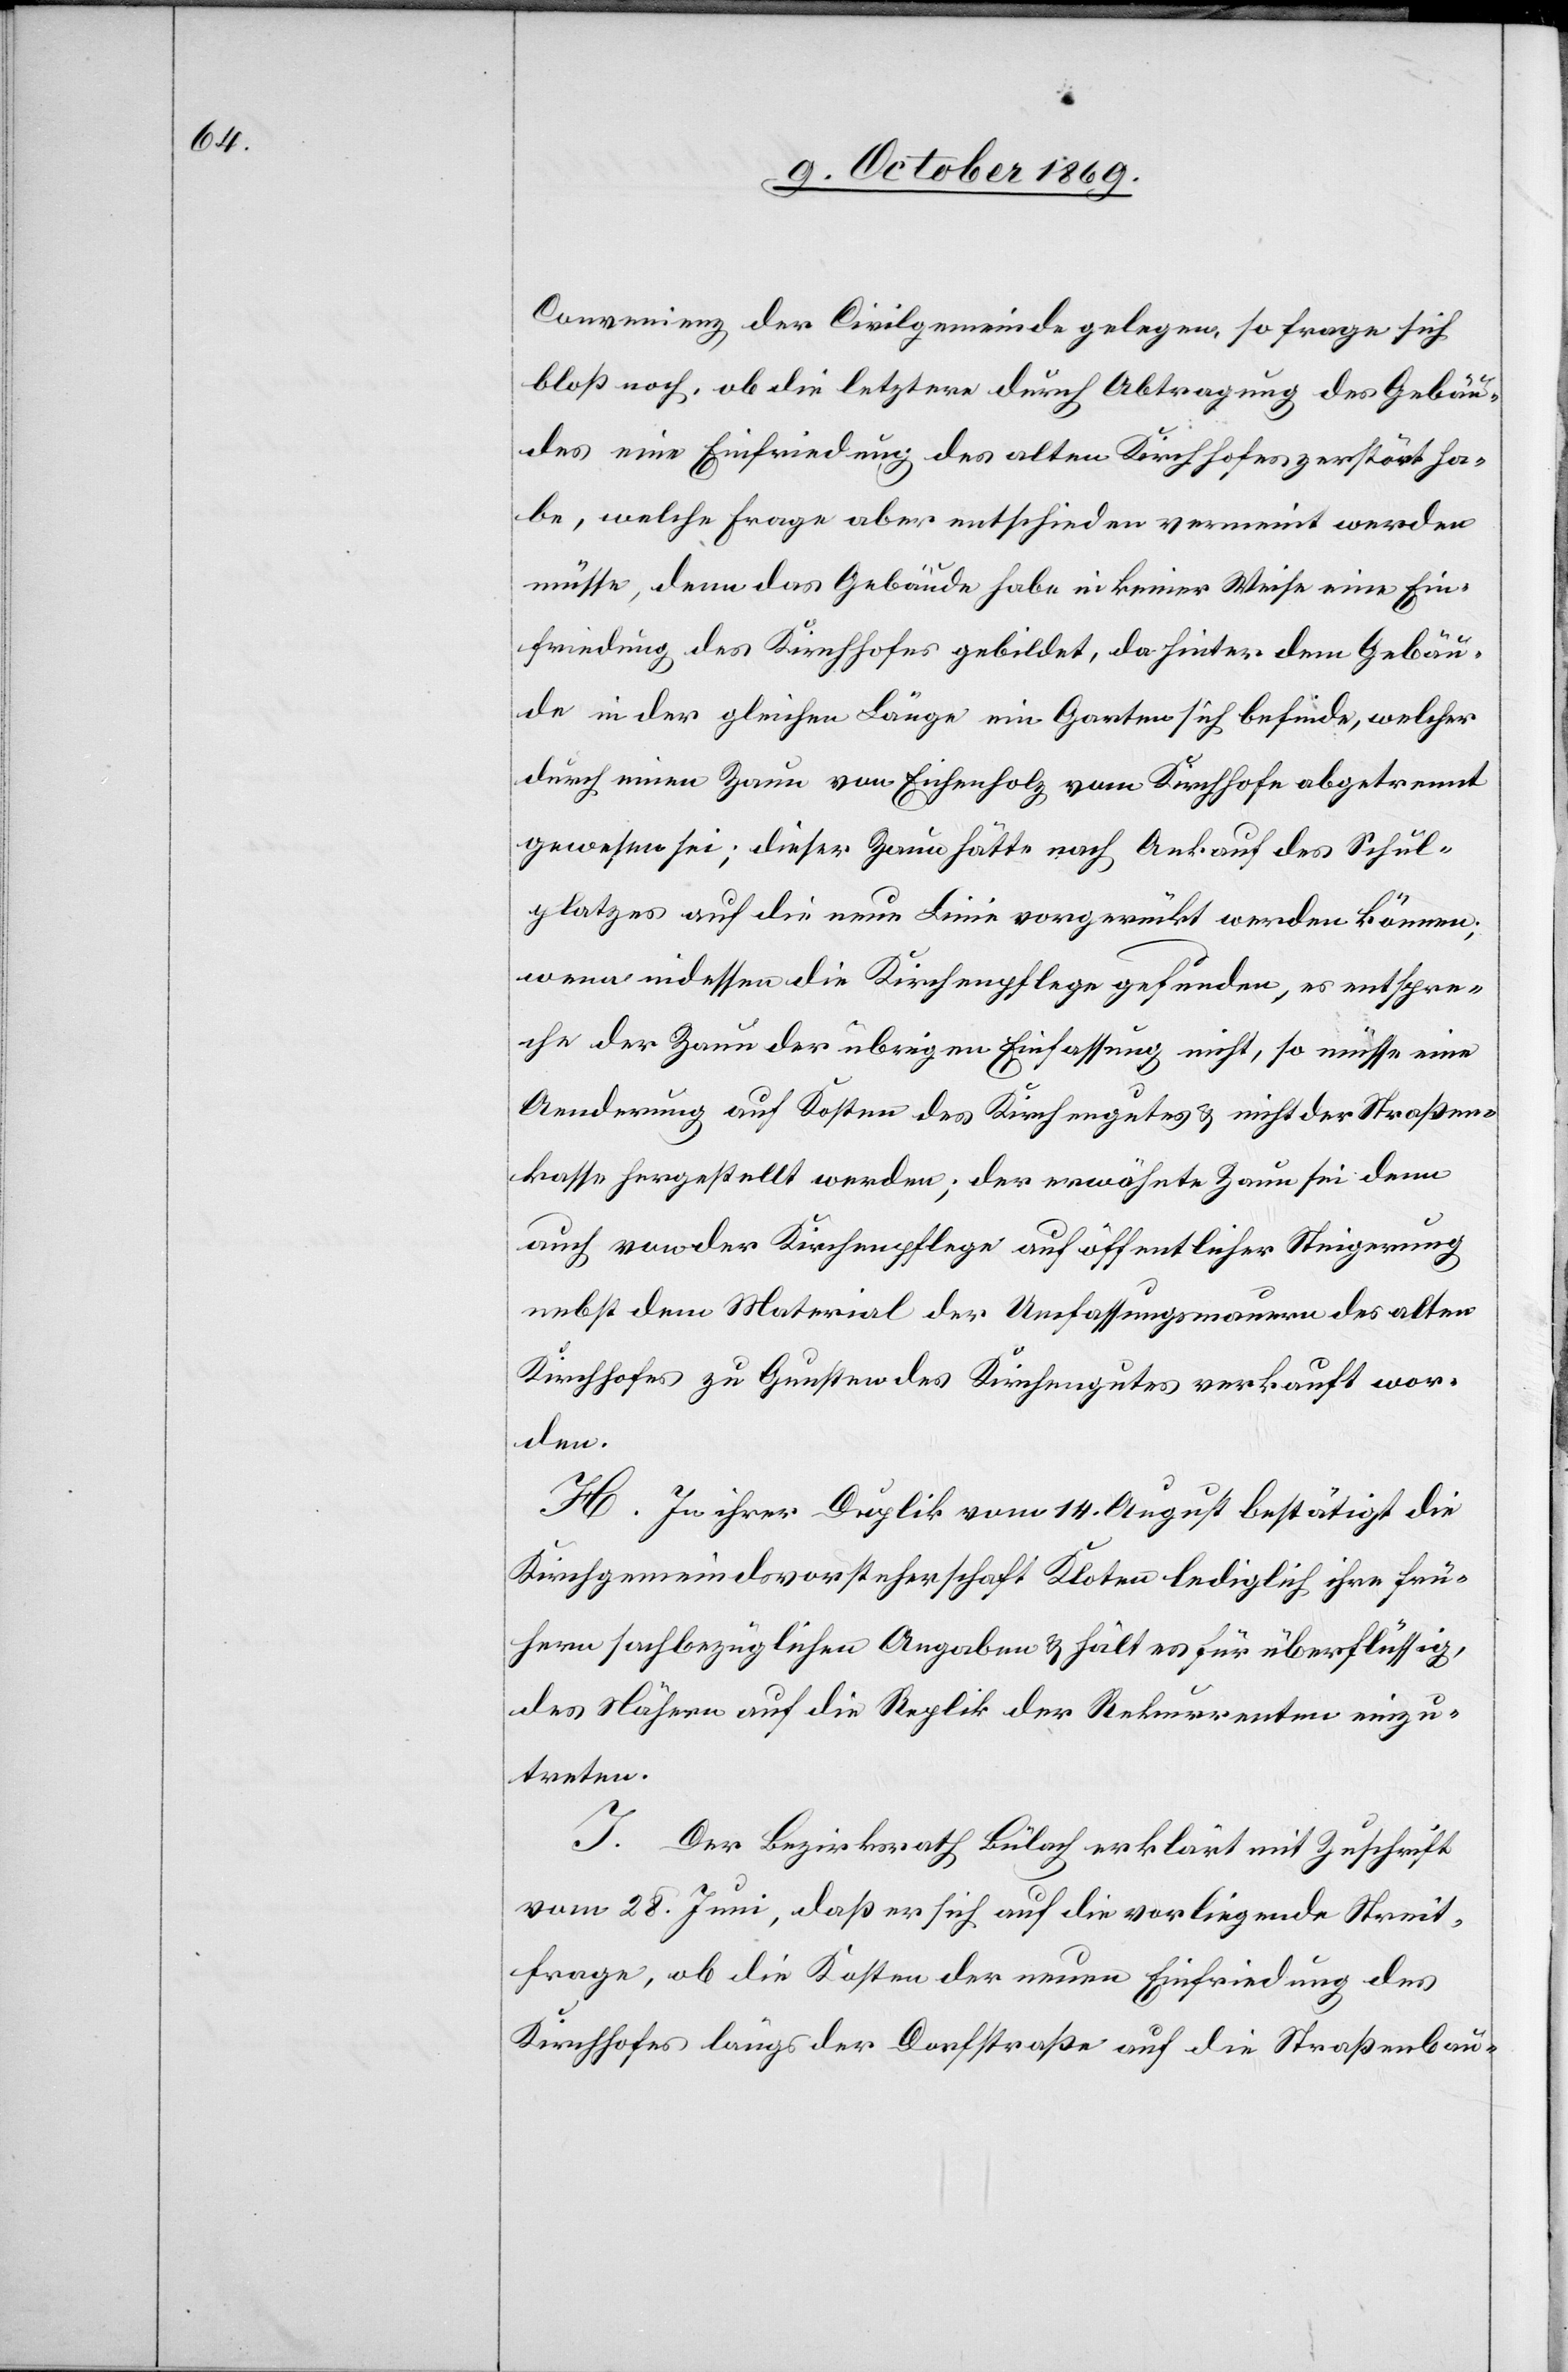
Convenienz der Civilgemeinde gelegen, so frage sich
bloß noch, ob die letztere durch Abtragung des Gebäu¬
des eine Einfriedung des alten Kirchhofes zerstört ha¬
be, welche Frage aber entschieden verneint werden
müsse, denn das Gebäude habe in keiner Weise eine Ein¬
friedung des Kirchhofes gebildet, da hinter dem Gebäu¬
de in der gleichen Länge ein Garten sich befinde, welcher
durch einen Zaun von Eichenholz vom Kirchhofe abgetrennt
gewesen sei; dieser Zaun hätte nach Ankauf des Schul¬
platzes auf die neue Linie vorgerückt werden können;
wenn indessen die Kirchenpflege gefunden, es entspre¬
che der Zaun der übrigen Einfassung nicht, so müsse eine
Aenderung auf Kosten des Kirchengutes & nicht der Straßen¬
kasse hergestellt werden; der erwähnte Zaun sei denn
auch von der Kirchenpflege auf öffentlicher Steigerung
nebst dem Material der Umfassungsmauern des alten
Kirchhofes zu Gunsten des Kirchengutes verkauft wor¬
den.
H. In ihrer Duplik vom 14. August bestätigt die
Kirchgemeindsvorsteherschaft Kloten lediglich ihre frü¬
hern sachbezüglichen Angaben & hält es für überflüssig,
des Nähern auf die Replik der Rekurrenten einzu¬
treten.
I. Der Bezirksrath Bülach erklärt mit Zuschrift
vom 28. Juni, daß er sich auf die vorliegende Streit¬
frage, ob die Kosten der neuen Einfriedung des
Kirchhofes längs der Dorfstraße auf die Straßenbau-